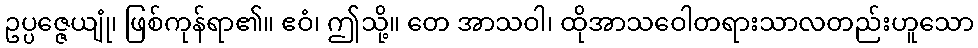
ဥပ္ပဇ္ဇေယျုံ၊ ဖြစ်ကုန်ရာ၏။ ဧဝံ၊ ဤသို့။ တေ အာသဝါ၊ ထိုအာသဝေါတရားသာလတည်းဟူသော